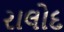
રાલોદ